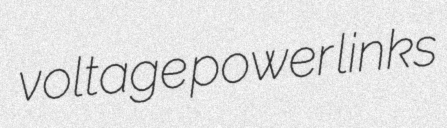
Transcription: voltage power links